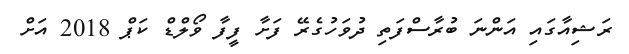
ރަޝިއާގައި އަންނަ ބުރާސްފަތި ދުވަހުގެރޭ ފަށާ ފީފާ ވޯލްޑް ކަޕް 2018 އަށް